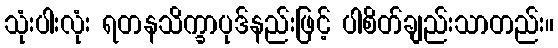
သုံးပါးလုံး ရတနသိက္ခာပုဒ်နည်းဖြင့် ပါစိတ်ချည်းသာတည်း။